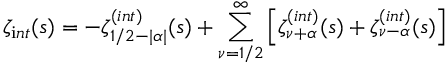
\zeta _ { \mathrm i n t } ( s ) = - \zeta _ { 1 / 2 - | \alpha | } ^ { \mathrm ( i n t ) } ( s ) + \sum _ { \nu = 1 / 2 } ^ { \infty } \left[ \zeta _ { \nu + \alpha } ^ { \mathrm ( i n t ) } ( s ) + \zeta _ { \nu - \alpha } ^ { \mathrm ( i n t ) } ( s ) \right]